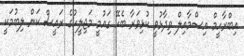
އިބްރާހީމް އިސްމާއިލް ވިދާޅުވީ ކުޅިވަރާ ބެހޭ ގައުމީ މަޖިލީހުގެ ރައީސް ކަން ލިބުމަކީ